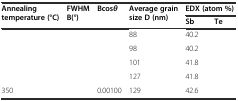
<table><thead><tr><td rowspan="2"><b>Annealing temperature (°C)</b></td><td rowspan="2"><b>FWHM B(°)</b></td><td rowspan="2"><b>Bcos<i>θ</i></b></td><td rowspan="2"><b>Average grain size D (nm)</b></td><td colspan="2"><b>EDX (atom %)</b></td></tr><tr><td><b>Sb</b></td><td><b>Te</b></td></tr></thead><tbody><tr><td>[EMPTY_CELL]</td><td>[EMPTY_CELL]</td><td>[EMPTY_CELL]</td><td>88</td><td>40.2</td><td>[EMPTY_CELL]</td></tr><tr><td>[EMPTY_CELL]</td><td>[EMPTY_CELL]</td><td>[EMPTY_CELL]</td><td>98</td><td>40.2</td><td>[EMPTY_CELL]</td></tr><tr><td>[EMPTY_CELL]</td><td>[EMPTY_CELL]</td><td>[EMPTY_CELL]</td><td>101</td><td>41.8</td><td>[EMPTY_CELL]</td></tr><tr><td>[EMPTY_CELL]</td><td>[EMPTY_CELL]</td><td>[EMPTY_CELL]</td><td>127</td><td>41.8</td><td>[EMPTY_CELL]</td></tr><tr><td>350</td><td>[EMPTY_CELL]</td><td>0.00100</td><td>129</td><td>42.6</td><td>[EMPTY_CELL]</td></tr></tbody></table>